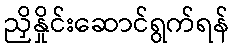
ညှိနှိုင်းဆောင်ရွက်ရန်